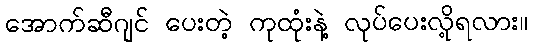
အောက်ဆီဂျင် ပေးတဲ့ ကုထုံးနဲ့ လုပ်ပေးလို့ရလား။